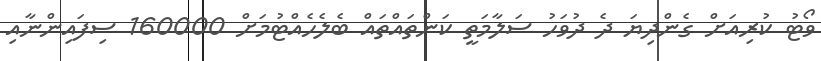
ވޯޓު ކުރިއަށް ގެންދިޔަ ދެ ދުވަހު ސަލާމަތީ ކަންތައްތައް ބެލެހެއްޓުމަށް 160000 ސިފައިންނާއި